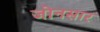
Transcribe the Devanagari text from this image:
जोनसार